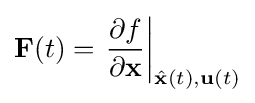
\mathbf {F} (t)=\left.{\frac {\partial f}{\partial \mathbf {x} }}\right\vert _{{\hat {\mathbf {x} }}(t),\mathbf {u} (t)}